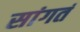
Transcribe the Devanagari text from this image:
सांगतं